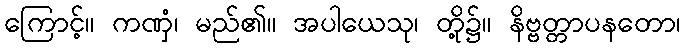
ကြောင့်။ ကဏှံ၊ မည်၏။ အပါယေသု၊ တို့၌။ နိဗ္ဗတ္တာပနတော၊